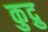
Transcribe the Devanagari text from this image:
कुद्रु